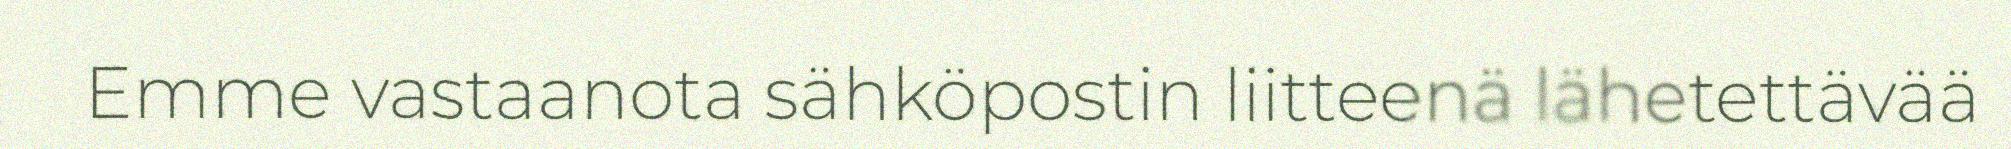
Emme vastaanota sähköpostin liitteenä lähetettävää